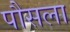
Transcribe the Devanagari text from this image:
पौसला